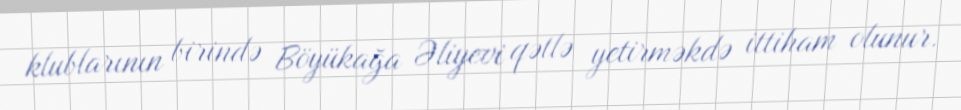
klublarının birində Böyükağa Əliyevi qətlə yetirməkdə ittiham olunur.